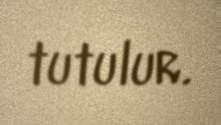
tutulur.